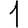
Digit: 1